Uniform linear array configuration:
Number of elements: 48
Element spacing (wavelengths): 0.75
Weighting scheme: blackman
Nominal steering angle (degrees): -15
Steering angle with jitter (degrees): -14.457
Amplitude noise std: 0.05
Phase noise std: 0.05

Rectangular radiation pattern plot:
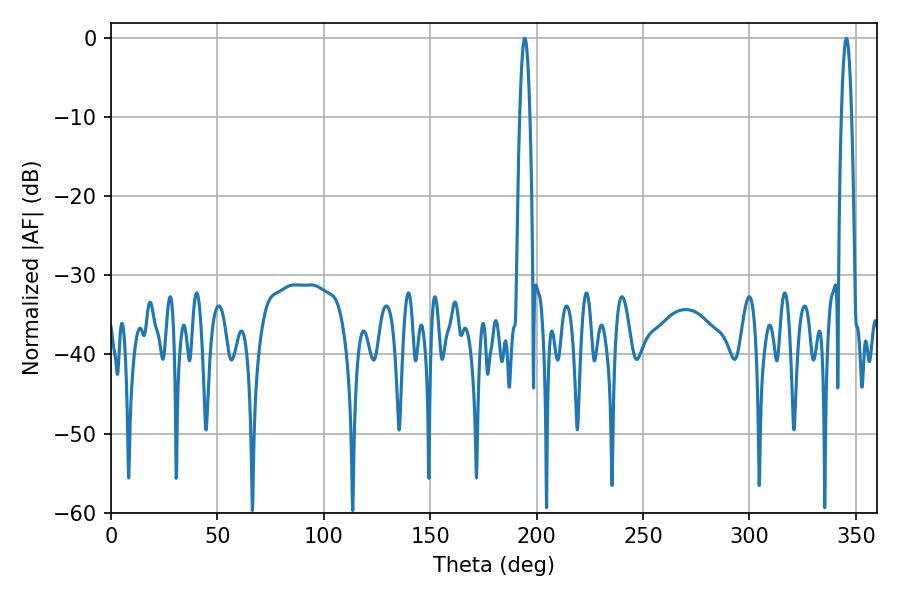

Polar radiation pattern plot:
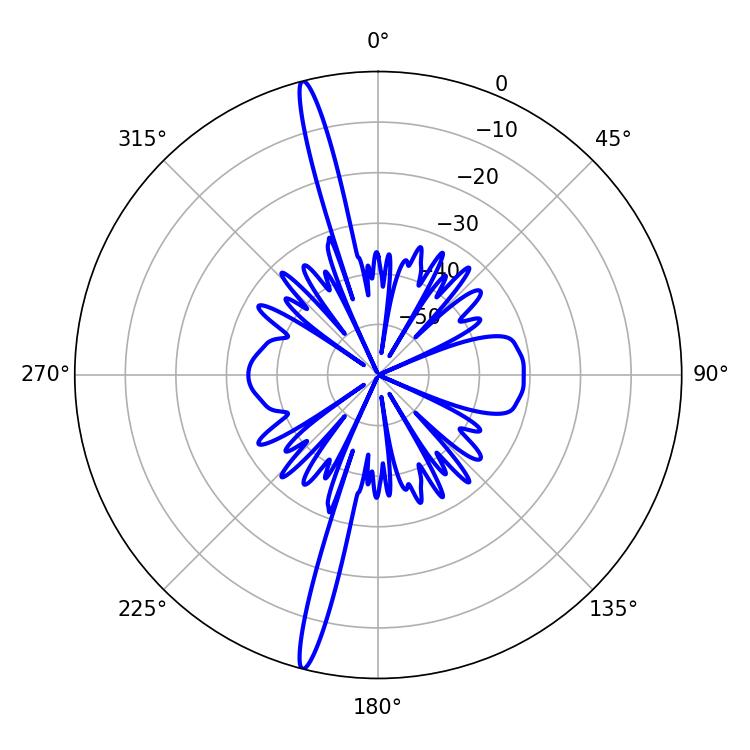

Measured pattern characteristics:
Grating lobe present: TRUE
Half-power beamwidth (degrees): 2.52
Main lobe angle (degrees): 194.4